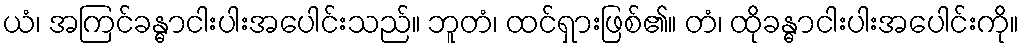
ယံ၊ အကြင်ခန္ဓာငါးပါးအပေါင်းသည်။ ဘူတံ၊ ထင်ရှားဖြစ်၏။ တံ၊ ထိုခန္ဓာငါးပါးအပေါင်းကို။